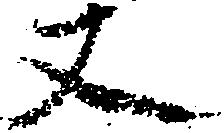
丈